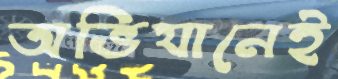
অভিযানেই